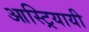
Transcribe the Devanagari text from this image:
आस्ट्रियायी